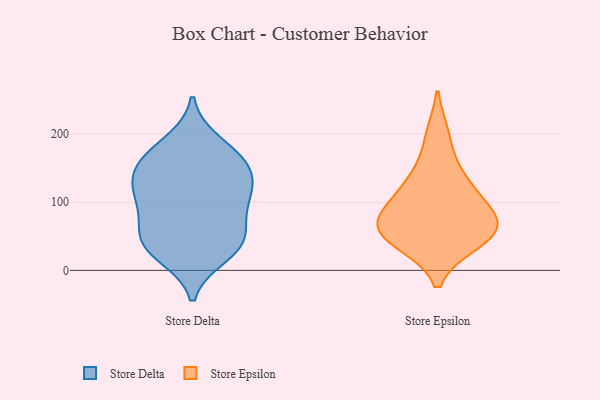
{"axis": {"x": "Energy Usage (MWh)", "y": "Value"}, "legend": ["Store Delta", "Store Epsilon"], "data": [{"x": "", "y": 117, "type": "Store Delta"}, {"x": "", "y": 155, "type": "Store Delta"}, {"x": "", "y": 169, "type": "Store Delta"}, {"x": "", "y": 47, "type": "Store Delta"}, {"x": "", "y": 187, "type": "Store Delta"}, {"x": "", "y": 35, "type": "Store Delta"}, {"x": "", "y": 88, "type": "Store Delta"}, {"x": "", "y": 23, "type": "Store Delta"}, {"x": "", "y": 46, "type": "Store Delta"}, {"x": "", "y": 143, "type": "Store Delta"}, {"x": "", "y": 87, "type": "Store Delta"}, {"x": "", "y": 39, "type": "Store Delta"}, {"x": "", "y": 159, "type": "Store Delta"}, {"x": "", "y": 119, "type": "Store Delta"}, {"x": "", "y": 116, "type": "Store Delta"}, {"x": "", "y": 42, "type": "Store Epsilon"}, {"x": "", "y": 78, "type": "Store Epsilon"}, {"x": "", "y": 124, "type": "Store Epsilon"}, {"x": "", "y": 66, "type": "Store Epsilon"}, {"x": "", "y": 197, "type": "Store Epsilon"}, {"x": "", "y": 98, "type": "Store Epsilon"}, {"x": "", "y": 70, "type": "Store Epsilon"}, {"x": "", "y": 41, "type": "Store Epsilon"}, {"x": "", "y": 58, "type": "Store Epsilon"}, {"x": "", "y": 138, "type": "Store Epsilon"}]}